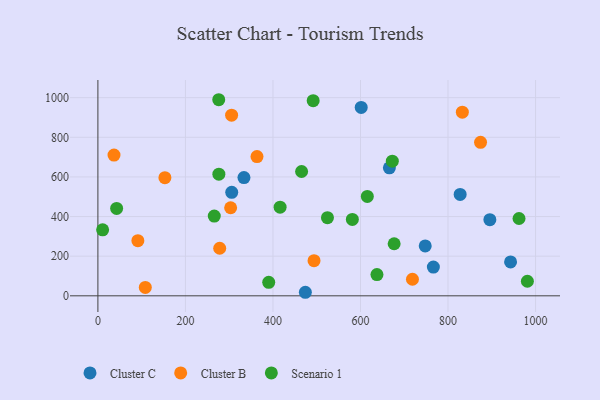
{"axis": {"x": "Investment", "y": "Rating"}, "legend": ["Cluster B", "Cluster C", "Scenario 1"], "data": [{"x": "666.0", "y": 645.7, "type": "Cluster C"}, {"x": "827.7", "y": 511.5, "type": "Cluster C"}, {"x": "766.5", "y": 145.3, "type": "Cluster C"}, {"x": "747.9", "y": 251.8, "type": "Cluster C"}, {"x": "305.8", "y": 522.1, "type": "Cluster C"}, {"x": "601.6", "y": 950.6, "type": "Cluster C"}, {"x": "895.6", "y": 384.1, "type": "Cluster C"}, {"x": "333.7", "y": 596.7, "type": "Cluster C"}, {"x": "474.0", "y": 17.9, "type": "Cluster C"}, {"x": "942.9", "y": 170.9, "type": "Cluster C"}, {"x": "493.8", "y": 177.4, "type": "Cluster B"}, {"x": "153.1", "y": 596.1, "type": "Cluster B"}, {"x": "36.8", "y": 710.3, "type": "Cluster B"}, {"x": "278.3", "y": 240.0, "type": "Cluster B"}, {"x": "363.5", "y": 702.5, "type": "Cluster B"}, {"x": "718.7", "y": 83.6, "type": "Cluster B"}, {"x": "91.3", "y": 278.4, "type": "Cluster B"}, {"x": "108.3", "y": 42.6, "type": "Cluster B"}, {"x": "832.7", "y": 926.8, "type": "Cluster B"}, {"x": "874.3", "y": 774.4, "type": "Cluster B"}, {"x": "305.5", "y": 911.6, "type": "Cluster B"}, {"x": "303.3", "y": 444.4, "type": "Cluster B"}, {"x": "276.4", "y": 613.9, "type": "Scenario 1"}, {"x": "615.6", "y": 501.4, "type": "Scenario 1"}, {"x": "465.4", "y": 627.5, "type": "Scenario 1"}, {"x": "10.8", "y": 333.2, "type": "Scenario 1"}, {"x": "491.9", "y": 984.7, "type": "Scenario 1"}, {"x": "637.6", "y": 107.4, "type": "Scenario 1"}, {"x": "962.2", "y": 390.1, "type": "Scenario 1"}, {"x": "524.5", "y": 394.3, "type": "Scenario 1"}, {"x": "581.4", "y": 385.3, "type": "Scenario 1"}, {"x": "416.3", "y": 447.6, "type": "Scenario 1"}, {"x": "276.1", "y": 989.6, "type": "Scenario 1"}, {"x": "981.3", "y": 73.6, "type": "Scenario 1"}, {"x": "672.7", "y": 679.4, "type": "Scenario 1"}, {"x": "676.9", "y": 262.8, "type": "Scenario 1"}, {"x": "265.9", "y": 402.2, "type": "Scenario 1"}, {"x": "390.3", "y": 67.9, "type": "Scenario 1"}, {"x": "42.8", "y": 441.2, "type": "Scenario 1"}]}